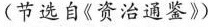
(节选自《资治通鉴》)